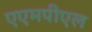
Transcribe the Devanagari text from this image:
एएमपीएल